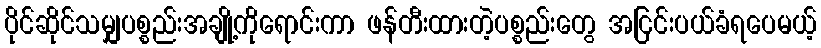
ပိုင်ဆိုင်သမျှပစ္စည်းအချို့ကိုရောင်းကာ ဖန်တီးထားတဲ့ပစ္စည်းတွေ အငြင်းပယ်ခံရပေမယ့်